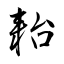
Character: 耛